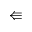
\Lleftarrow